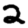
Digit: 2